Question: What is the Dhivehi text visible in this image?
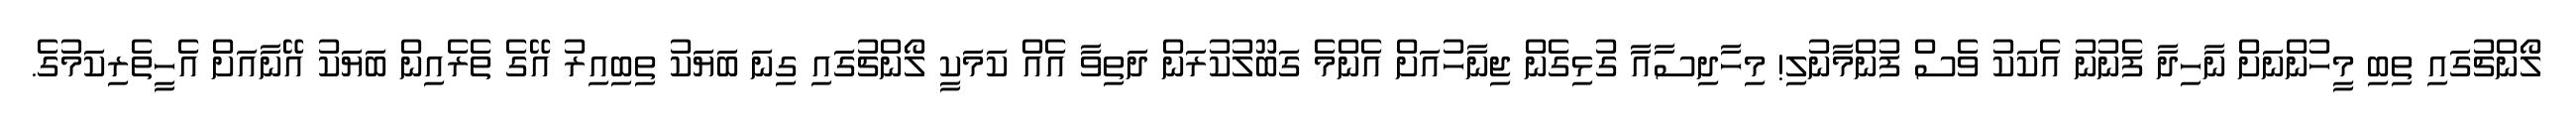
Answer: ލޯންޗުގައި ތިބި މީހުންނަށް ނާހިދާ ފެނުނު އެކަކު ވެސް ފުންމާނުލި! މިހާދިސާއާ ގުޅިގެން ޖިނާހުއަށް އެންމެ ގަބޫލުކުރަން ދަތިވާ އެއް ކަމަކީ ލޯންޗުގައި ގިނަ ބަޔަކު ތިބިއިރު އޭގެ ތެރެއިން ބަޔަކު އޭނާއަށް އެހީތެރިކަމުގެ.